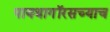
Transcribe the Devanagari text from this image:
पायथागॉरसच्याच